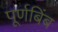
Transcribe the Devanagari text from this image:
पूर्णबिंब